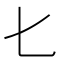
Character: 𠤎